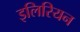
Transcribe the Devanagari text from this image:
इलिरियन